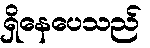
ရှိနေပေသည်